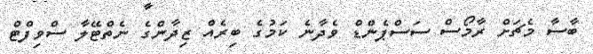
ބާސާ މެޗަށް ރާމޯސް ސަސްޕެންޑް ވެދާނެ ކަމުގެ ބިރެއް ޒިދާންގެ ނެތްޓޭލާ ސްވިފްޓް